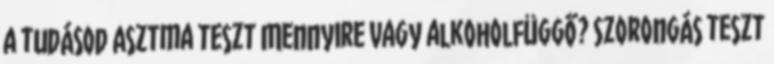
a tudásod Asztma teszt Mennyire vagy alkoholfüggő? Szorongás teszt